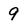
Character: 9